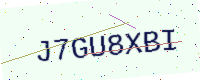
Text: J7GU8XBI